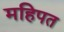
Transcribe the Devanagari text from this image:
महिपत